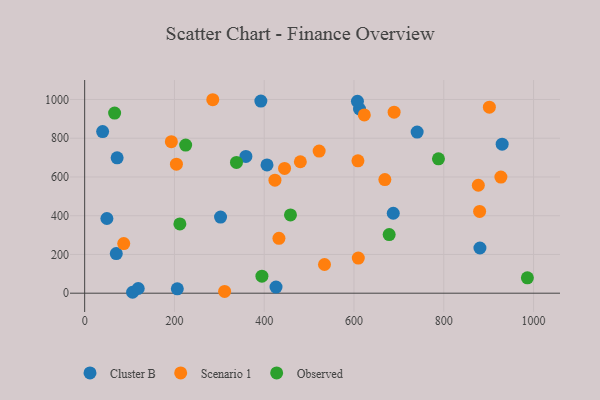
{"axis": {"x": "Engine Size", "y": "Sales"}, "legend": ["Cluster B", "Observed", "Scenario 1"], "data": [{"x": "206.4", "y": 22.7, "type": "Cluster B"}, {"x": "359.2", "y": 705.9, "type": "Cluster B"}, {"x": "40.0", "y": 834.2, "type": "Cluster B"}, {"x": "302.7", "y": 393.0, "type": "Cluster B"}, {"x": "70.4", "y": 204.4, "type": "Cluster B"}, {"x": "426.3", "y": 31.7, "type": "Cluster B"}, {"x": "612.3", "y": 950.8, "type": "Cluster B"}, {"x": "687.5", "y": 412.7, "type": "Cluster B"}, {"x": "49.5", "y": 385.6, "type": "Cluster B"}, {"x": "740.7", "y": 831.9, "type": "Cluster B"}, {"x": "607.7", "y": 990.5, "type": "Cluster B"}, {"x": "106.7", "y": 4.8, "type": "Cluster B"}, {"x": "392.5", "y": 992.0, "type": "Cluster B"}, {"x": "930.1", "y": 769.2, "type": "Cluster B"}, {"x": "119.3", "y": 24.4, "type": "Cluster B"}, {"x": "406.2", "y": 662.2, "type": "Cluster B"}, {"x": "72.3", "y": 698.9, "type": "Cluster B"}, {"x": "880.6", "y": 233.4, "type": "Cluster B"}, {"x": "609.6", "y": 181.2, "type": "Scenario 1"}, {"x": "445.3", "y": 643.9, "type": "Scenario 1"}, {"x": "608.8", "y": 683.2, "type": "Scenario 1"}, {"x": "285.4", "y": 998.8, "type": "Scenario 1"}, {"x": "423.9", "y": 583.6, "type": "Scenario 1"}, {"x": "623.0", "y": 920.4, "type": "Scenario 1"}, {"x": "901.6", "y": 960.5, "type": "Scenario 1"}, {"x": "668.8", "y": 586.4, "type": "Scenario 1"}, {"x": "927.3", "y": 599.7, "type": "Scenario 1"}, {"x": "204.4", "y": 666.3, "type": "Scenario 1"}, {"x": "87.0", "y": 256.0, "type": "Scenario 1"}, {"x": "480.5", "y": 678.7, "type": "Scenario 1"}, {"x": "193.1", "y": 782.2, "type": "Scenario 1"}, {"x": "879.9", "y": 422.3, "type": "Scenario 1"}, {"x": "534.3", "y": 148.3, "type": "Scenario 1"}, {"x": "432.8", "y": 283.5, "type": "Scenario 1"}, {"x": "311.8", "y": 9.4, "type": "Scenario 1"}, {"x": "689.4", "y": 934.7, "type": "Scenario 1"}, {"x": "522.4", "y": 733.5, "type": "Scenario 1"}, {"x": "877.0", "y": 557.3, "type": "Scenario 1"}, {"x": "338.2", "y": 675.3, "type": "Observed"}, {"x": "212.1", "y": 357.6, "type": "Observed"}, {"x": "788.2", "y": 693.9, "type": "Observed"}, {"x": "458.5", "y": 404.3, "type": "Observed"}, {"x": "986.3", "y": 79.6, "type": "Observed"}, {"x": "225.0", "y": 764.6, "type": "Observed"}, {"x": "678.4", "y": 302.7, "type": "Observed"}, {"x": "66.7", "y": 929.9, "type": "Observed"}, {"x": "394.9", "y": 88.0, "type": "Observed"}]}